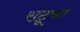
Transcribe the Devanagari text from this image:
राटूफा